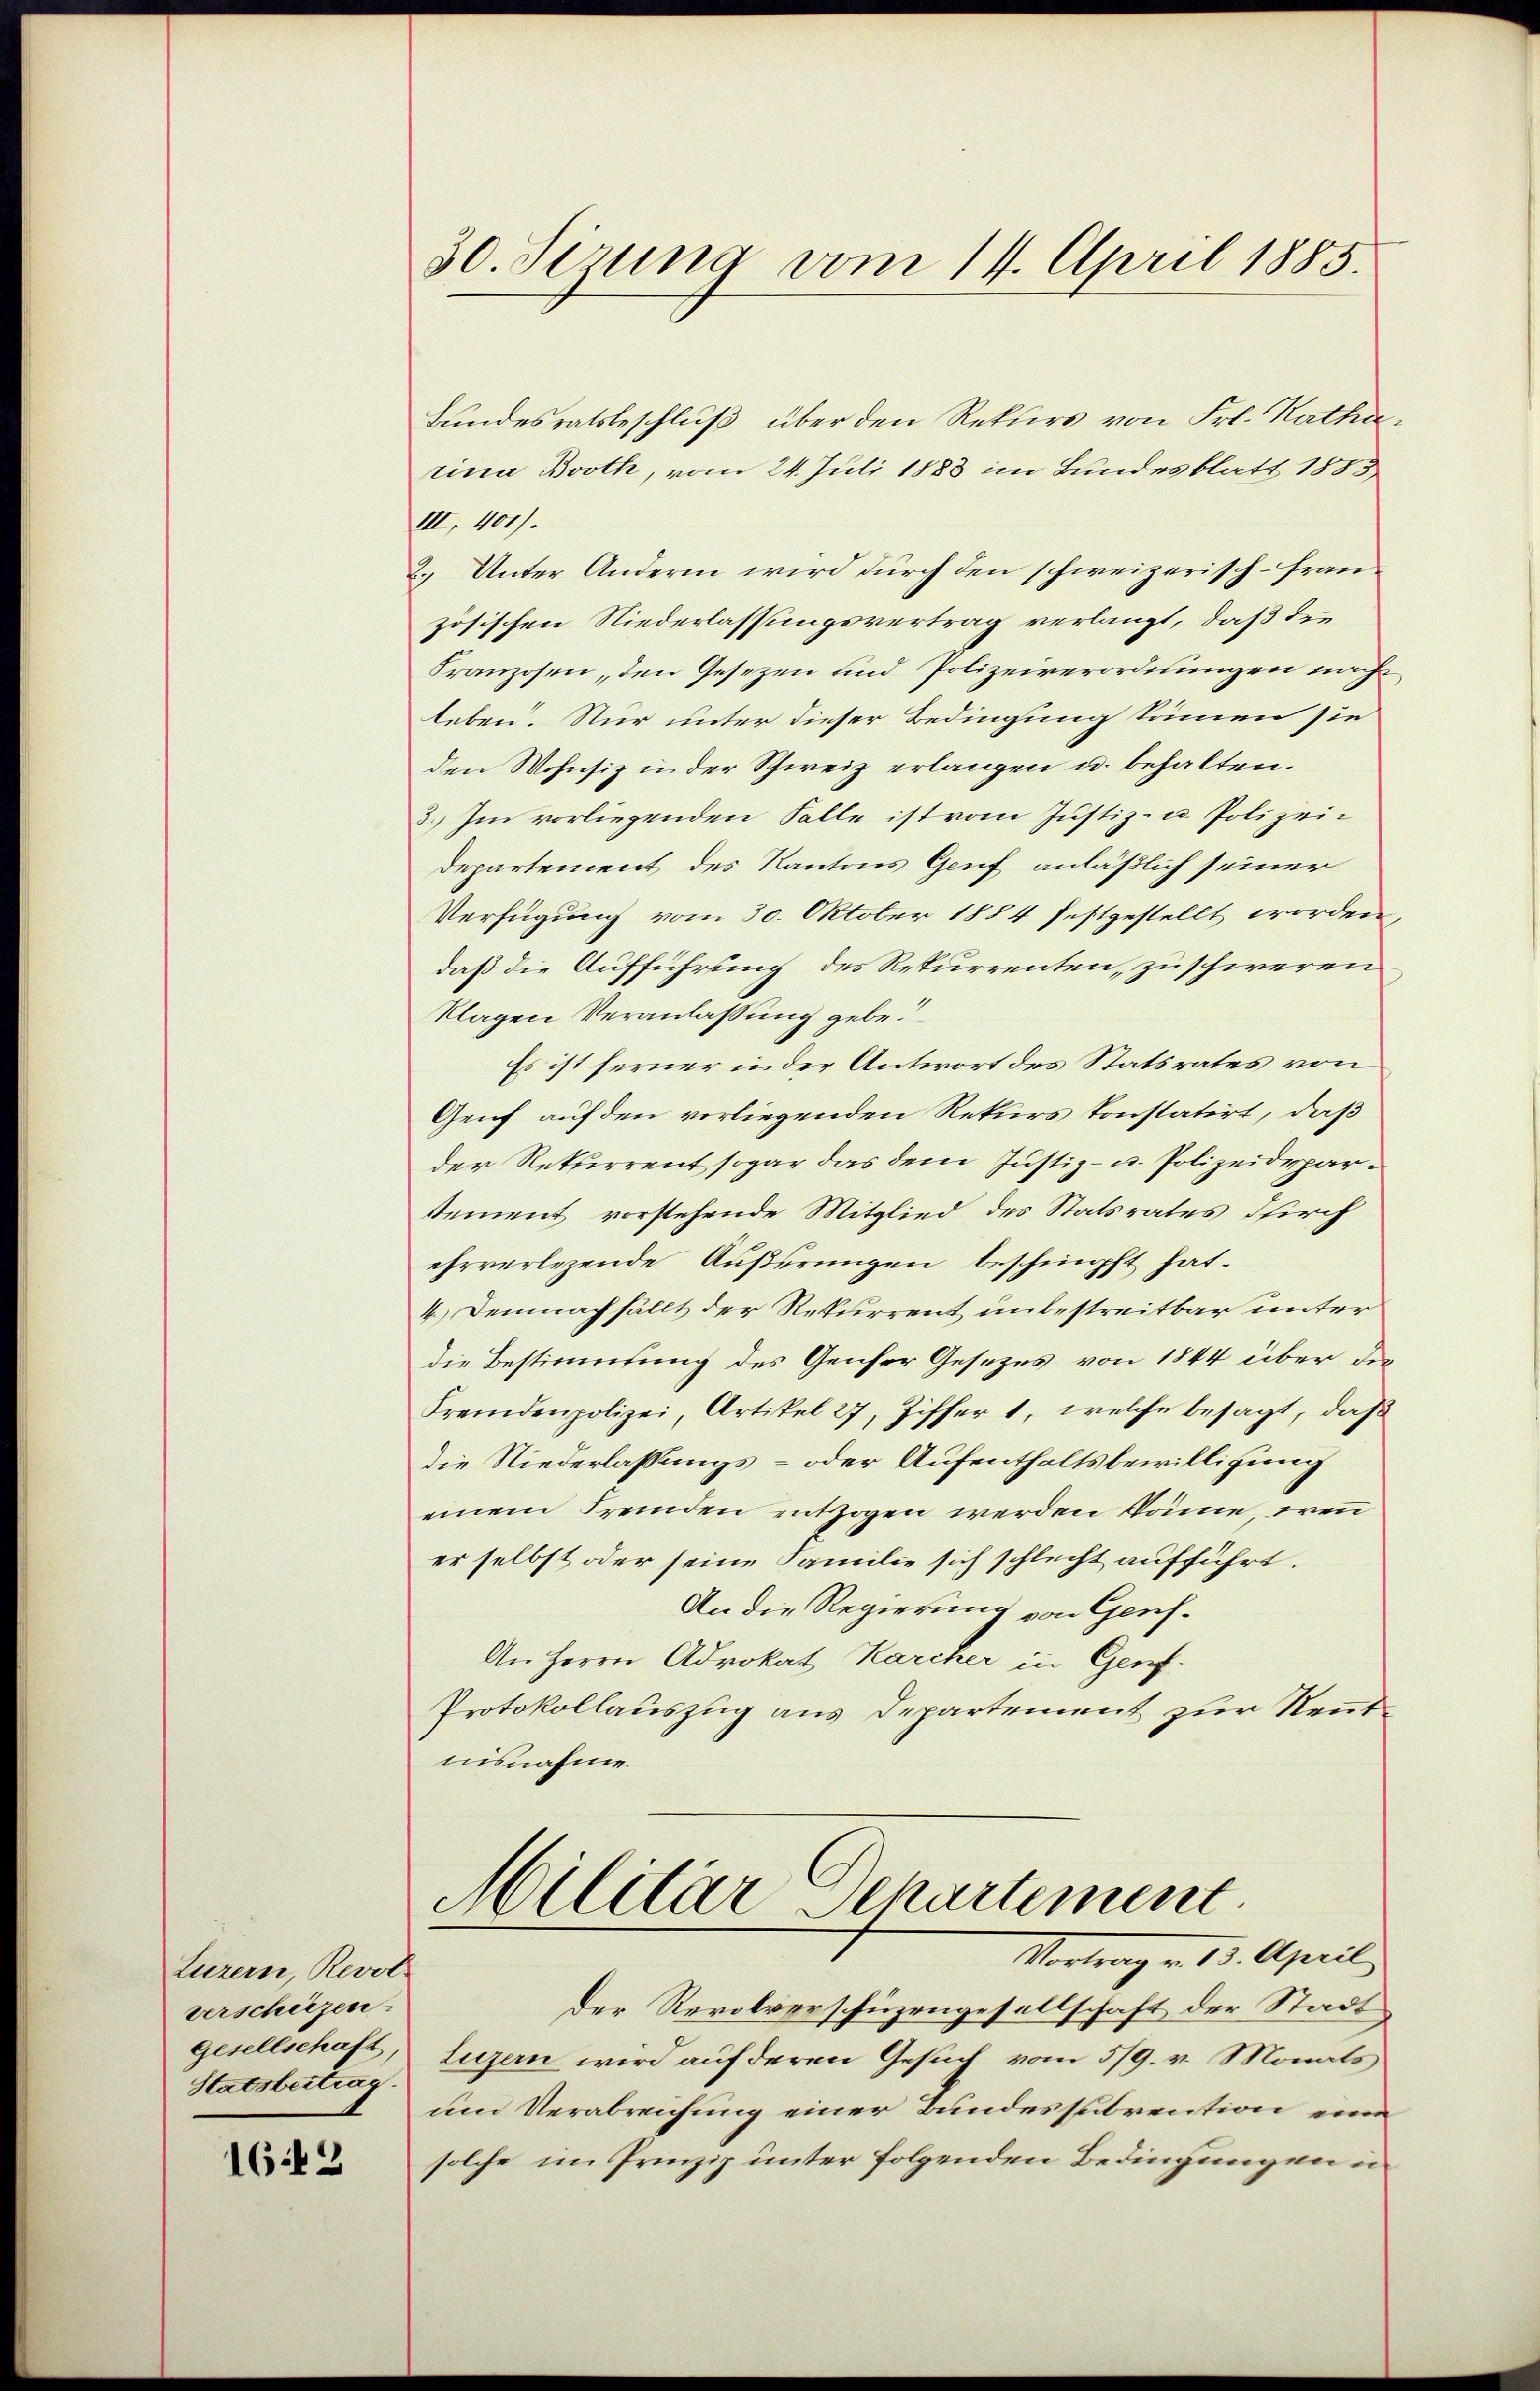
Luzern, Revot
verschitzen.
gesellschaft
Statsbeitrag.

162

30. Sizung vom 14. April 1885.

Bundesratsbeschluß über den Rekurs von Frl. Ratharina Broth, vom 24. Juli 1883 im Bundesblatt 1883
III. 401).
2.) Unter Andern wird durch den schweizerisch-Französischen Niederlassungsvertrag verlangt, daß die
Franzosen, den Gesetzen und Polizeiverordnungen nach
leben. Nur unter dieser Bedingung kommen sie
den Wohnsiz in der Schweiz erlangen u. behalten.
3.) Im vorliegenden Falle ist vom Justiz- u. Polizei¬
Departement des Kantons Genf anläßlich seiner
Verfügung vom 30. Oktober 1884 festgestellt worden,
daß die Aufführung des Rekurrenten, zu schweren
klagen Veranlassung gebe.
Es ist ferner in der Antwort des Statsrates von
Genf auf den vorliegenden Rekurs konstatirt, daß
der Rekurrent sogar das dem Justiz- u. Polizeideparstement vorstehende Mitglied des Statsrates durch
ehrverlesende Äußerungen beschimpft hat.
4.) Demnachfällt der Rekurrent unbestreitbar unter
die Bestimmung des Genser Gesezes von 1844 über die
Fremdenpolizei, Artikel 27, Ziffer 1, welche besagt, daß
die Niederlassungs- oder Aufenthaltsbewilligung
einem Fremden entzogen werden könne, wenn
er selbst oder seine Familie sich schlecht aufführt.
An die Regierung von Genf.
An Herrn Advokat Karcher in Genf.
Protokollauszug aus Departement zur Rentnisnahme.

Militär Departement
Vortrag v. 13. April

der Revolverschüzengesellschaft der Stadt
luzern wird auf deren Gesuch vom 5/9. v. Monats
und Verabreichung einer Bundessubrention eine
solche im Prinzip unter folgenden Bedingungen in